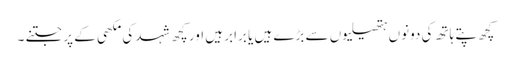
کچھ پتے ہاتھ کی دونوں ہتھیلیوں سے بڑے ہیں یا برابر ہیں اور کچھ شہد کی مکھی کے پر جتنے ۔